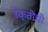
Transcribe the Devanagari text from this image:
उक्तीची